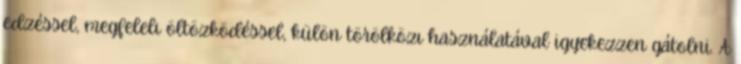
edzéssel, megfelelı öltözködéssel, külön törölközı használatával igyekezzen gátolni. A